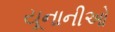
યૂનાનીઓ